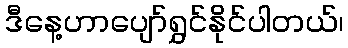
ဒီနေ့ဟာပျော်ရွှင်နိုင်ပါတယ်၊